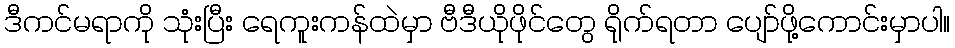
ဒီကင်မရာကို သုံးပြီး ရေကူးကန်ထဲမှာ ဗီဒီယိုဖိုင်တွေ ရိုက်ရတာ ပျော်ဖို့ကောင်းမှာပါ။